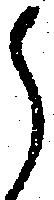
御